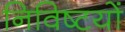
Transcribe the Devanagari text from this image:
निविष्टयों